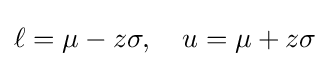
\ell =\mu -z\sigma ,\quad u=\mu +z\sigma